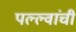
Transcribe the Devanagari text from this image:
पल्ल्वांची